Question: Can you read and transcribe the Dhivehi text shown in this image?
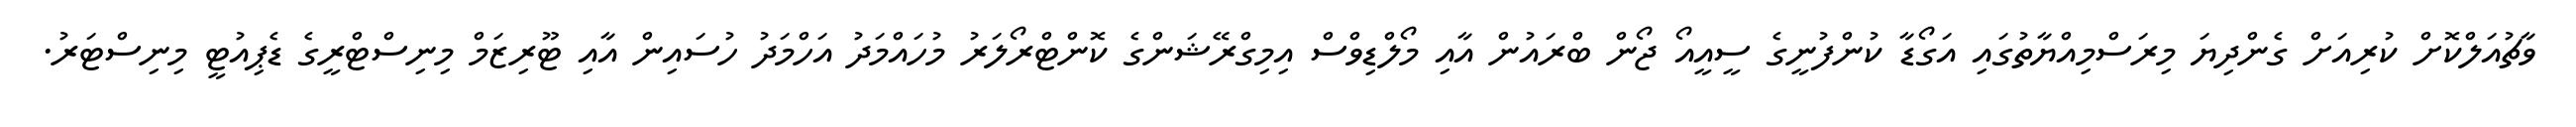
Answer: ވާޗުއަލްކޮށް ކުރިއަށް ގެންދިޔަ މިރަސްމިއްޔާތުގައި އަގޯޑާ ކުންފުނީގެ ސީއީއޯ ޖޯން ބްރައުން އާއި މޯލްޑިވްސް އިމިގްރޭޝަންގެ ކޮންޓްރޯލަރު މުހައްމަދު އަހްމަދު ހުސައިން އާއި ޓޫރިޒަމް މިނިސްޓްރީގެ ޑެޕިއުޓީ މިނިސްޓަރު.